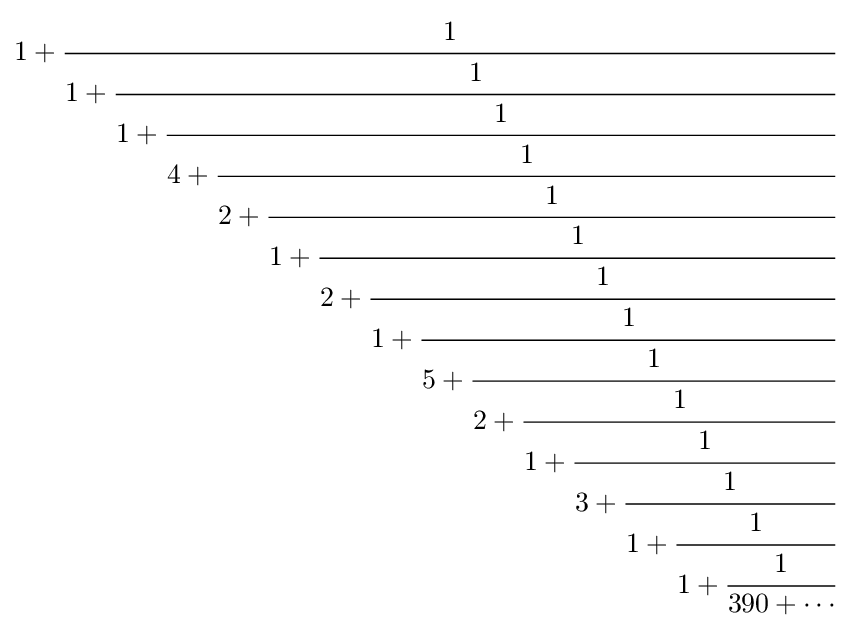
1+{\cfrac {1}{1+{\cfrac {1}{1+{\cfrac {1}{4+{\cfrac {1}{2+{\cfrac {1}{1+{\cfrac {1}{2+{\cfrac {1}{1+{\cfrac {1}{5+{\cfrac {1}{2+{\cfrac {1}{1+{\cfrac {1}{3+{\cfrac {1}{1+{\cfrac {1}{1+{\cfrac {1}{390+\cdots }}}}}}}}}}}}}}}}}}}}}}}}}}}}